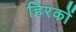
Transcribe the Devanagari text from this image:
हिरकों